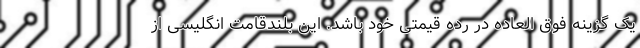
یک گزینه فوق العاده در رده قیمتی خود باشد. این بلندقامت انگلیسی از